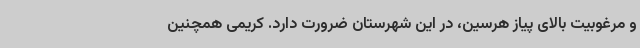
و مرغوبیت بالای پیاز هرسین، در این شهرستان ضرورت دارد. کریمی همچنین